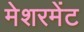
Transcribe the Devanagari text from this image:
मेशरमेंट